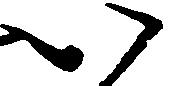
い